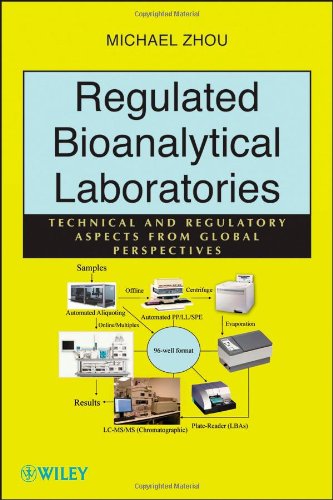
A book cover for Regulated Bioanalytical Laboratories: Technical and Regulatory Aspects from Global Perspectives; Michael Zhou; Business & Money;